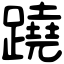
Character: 蹺